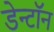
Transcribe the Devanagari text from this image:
डेन्टॉन